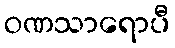
ဝဏသာရောပီ